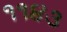
૧૧૪૩